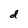
Character: d